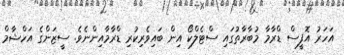
އަހަރު އޮފީސް ޑްރާމާ މުބާރާތުގައި ސްޓެލްކޯ އިން ބައިވެރިކުރި ޑްރާމާއިންނެވެ. ސީޒަންގެ އަހްޝާމް